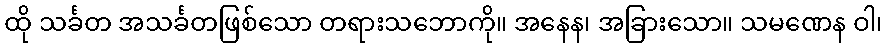
ထို သင်္ခတ အသင်္ခတဖြစ်သော တရားသဘောကို။ အနေန၊ အခြားသော။ သမဏေန ဝါ၊